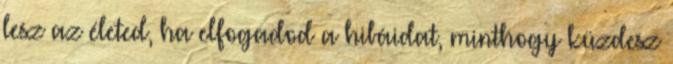
lesz az életed, ha elfogadod a hibáidat, minthogy küzdesz